system: You are a helpful assistant.
user:
Analyze the provided spectrum to determine if it is a **Carbon Star (C-type)**.

- **Key Visual Indicators of Carbon Star:**
    - **(Primary):** Strong molecular absorption from **C₂ (diatomic carbon) "Swan Bands."** This is the **defining feature** of a carbon star.
        - **(Key Bandheads):** Sharp absorption edges are visible at approximately $5635$ Å, $5165$ Å (the strongest band), and $4737$ Å.
        - **(Line Profile):** Creates a distinct **"saw-tooth"** pattern. The key morphology is a sharp, steep bandhead on the **red (long-wavelength) side**, which then gradually tapers off (i.e., flux recovers) towards the **blue (short-wavelength) side**. *(This is the direct opposite of the TiO bands seen in M-type stars)*.

    - **(Secondary):** Intense **CN (cyanogen)** molecular absorption bands.
        - **(Key Bandheads):** Located in the blue and violet regions of the spectrum (e.g., near $4215$ Å and $3883$ Å).
        - **(Morphology):** These bands are extremely broad and act as a "blanket," absorbing the vast majority of blue and violet light. This creates a characteristic **"cliff"** or **"steep drop-off"** in the spectrum's flux at short wavelengths.

    - **(Key Confirmation):** Strong **CH absorption band (G-band)**.
        - **(Key Bandhead):** Located around $4300$ Å. The contribution from CH molecules to this band is exceptionally strong.

    - **(Overall Spectrum):**
        - The continuum is severely "chopped up" by these deep molecular bands, especially C₂, rather than appearing as a smooth curve.
        - Due to the heavy CN and C₂ absorption in the blue-green, the vast majority of the star's flux is concentrated in the red part of the spectrum, giving the star its characteristic deep red color.

Think first, call **spectral_visualization_tool** if needed to examine features in detail, then provide your final answer. Your response must adhere to the following strict rules:
1.  **Overall Structure:** Your response must follow the format `<think>...</think> <tool_call>...</tool_call> (if a tool is used) <answer>...</answer>`.
2.  **Tool Usage Constraint:** You may only make **one** tool call per turn.
3.  **Final Answer Format:** In the `<answer>` tag, your conclusion must be inside a `\boxed{}` command (e.g., `\boxed{YES}`), followed by your justification.

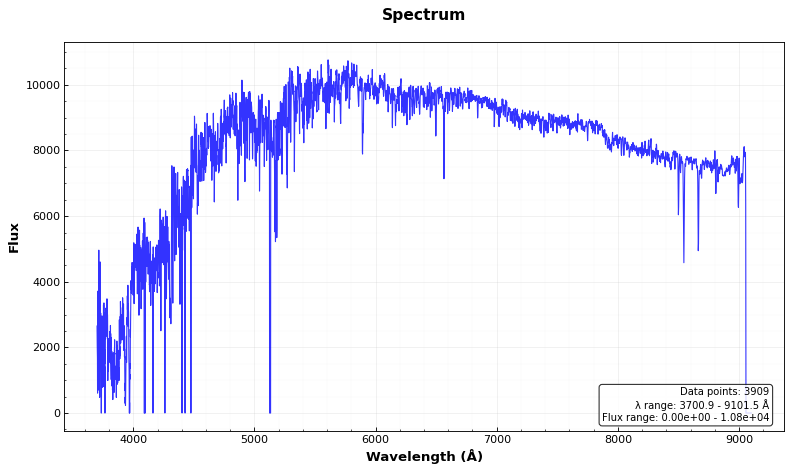
Answer: NO